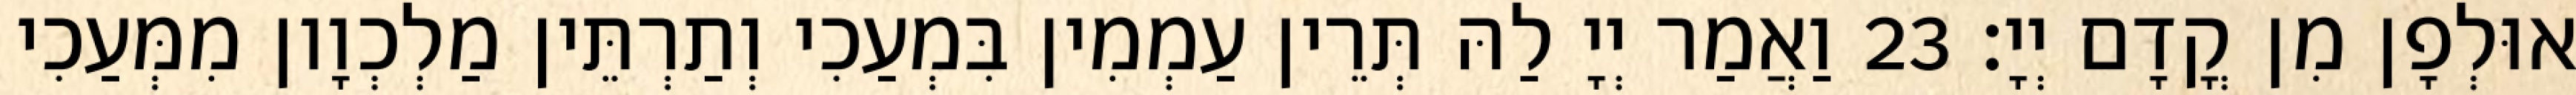
אוּלְפָן מִן קֳדָם יְיָ׃ 23 וַאֲמַר יְיָ לַהּ תְּרֵין עַמְמִין בִּמְעַכִי וְתַרְתֵּין מַלְכְוָון מִמְּעַכִי